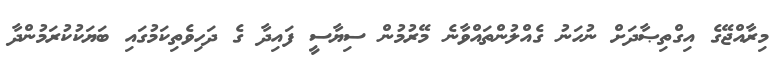
މިރާއްޖޭގެ އިގްތިޞާދަށް ނުހަނު ގެއްލުންތައްވާނެ މޭރުމުން ސިޔާސީ ފައިދާ ގެ ދަހިވެތިކަމުގައި ބަޔަކުކުރަމުންދާ